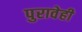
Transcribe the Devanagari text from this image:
पुरावेही